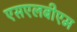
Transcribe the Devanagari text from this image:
एसएलबीएम